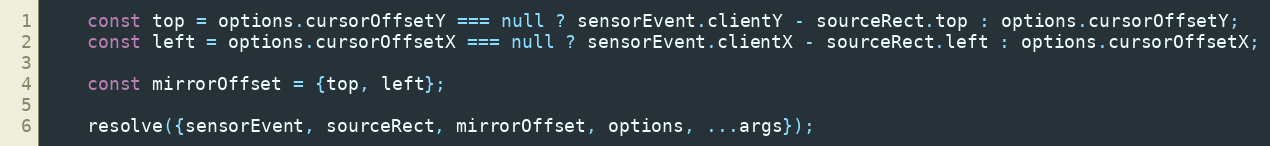
Language: JavaScript
    const top = options.cursorOffsetY === null ? sensorEvent.clientY - sourceRect.top : options.cursorOffsetY;
    const left = options.cursorOffsetX === null ? sensorEvent.clientX - sourceRect.left : options.cursorOffsetX;

    const mirrorOffset = {top, left};

    resolve({sensorEvent, sourceRect, mirrorOffset, options, ...args});